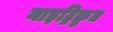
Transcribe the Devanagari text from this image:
नाइट्रिक्रुत